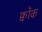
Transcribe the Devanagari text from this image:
क्वॉक